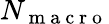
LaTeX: N_{\mathrm{~m~a~c~r~o~}}